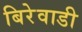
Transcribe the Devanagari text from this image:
बिरेवाडी